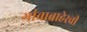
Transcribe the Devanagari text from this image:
गांवाबाहेरची